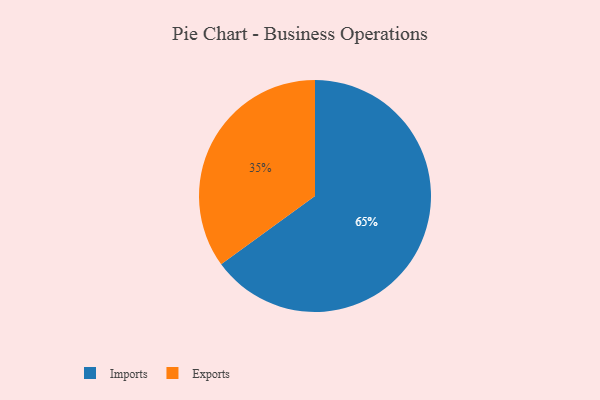
{"axis": {"x": "Category", "y": "Percentage"}, "legend": ["Exports", "Imports"], "data": [{"x": "Exports", "y": 35, "type": "Exports"}, {"x": "Imports", "y": 65, "type": "Imports"}]}